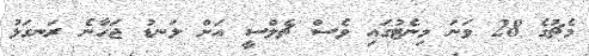
މެޗުގެ 28 ވަނަ މިނެޓުގައި ވެސް ޗެލްސީ އަށް ލަނޑު ޖަހާނެ ރަނގަޅު